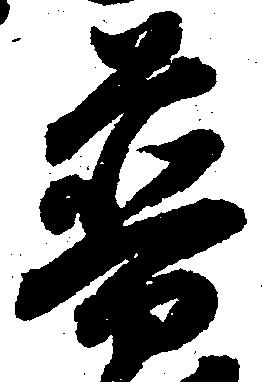
普